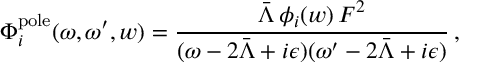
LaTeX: \Phi _ { i } ^ { \mathrm { p o l e } } ( \omega , \omega ^ { \prime } , w ) = \frac { \bar { \Lambda } \, \phi _ { i } ( w ) \, F ^ { 2 } } { ( \omega - 2 \bar { \Lambda } + i \epsilon ) ( \omega ^ { \prime } - 2 \bar { \Lambda } + i \epsilon ) } \, ,